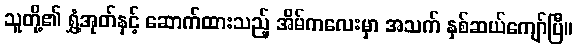
သူတို့၏ ရွှံ့အုတ်နှင့် ဆောက်ထားသည့် အိမ်ကလေးမှာ အသက် နှစ်ဆယ်ကျော်ပြီ။